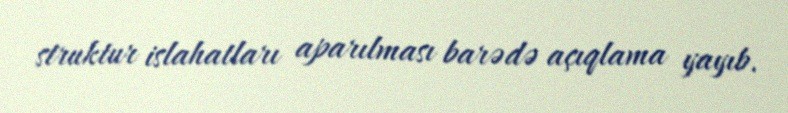
struktur islahatları aparılması barədə açıqlama yayıb.